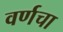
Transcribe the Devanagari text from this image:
वर्णचा